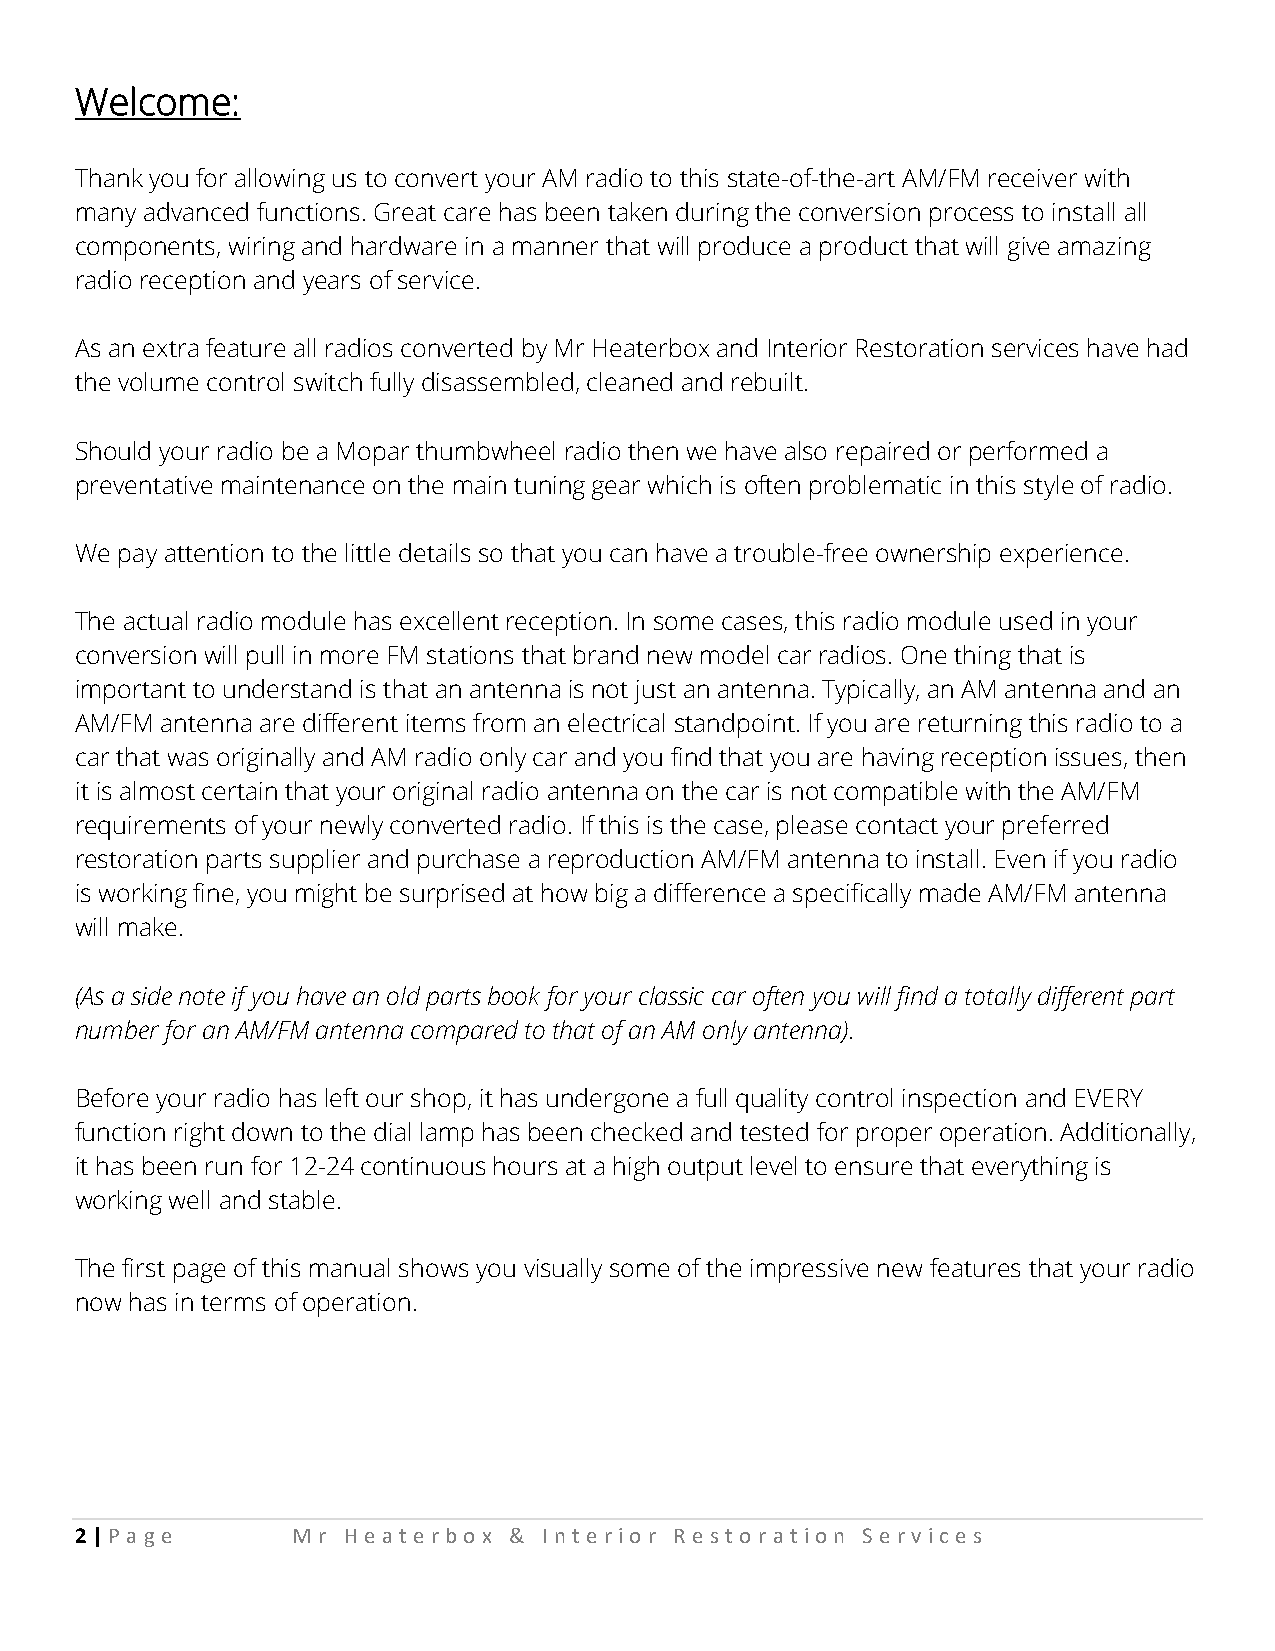
Welcome:
 Thank you for allowing us to convert your AM radio to this state-of-the-art AM/FM receiver with
 many advanced functions. Great care has been taken during the conversion process to install all
 components, wiring and hardware in a manner that will produce a product that will give amazing
 radio reception and years of service.
 As an extra feature all radios converted by Mr Heaterbox and Interior Restoration services have had
 the volume control switch fully disassembled, cleaned and rebuilt.
 Should your radio be a Mopar thumbwheel radio then we have also repaired or performed a
 preventative maintenance on the main tuning gear which is often problematic in this style of radio.
 We pay attention to the little details so that you can have a trouble-free ownership experience.
 The actual radio module has excellent reception. In some cases, this radio module used in your
 conversion will pull in more FM stations that brand new model car radios. One thing that is
 important to understand is that an antenna is not just an antenna. Typically, an AM antenna and an
 AM/FM antenna are different items from an electrical standpoint. If you are returning this radio to a
 car that was originally and AM radio only car and you find that you are having reception issues, then
 it is almost certain that your original radio antenna on the car is not compatible with the AM/FM
 requirements of your newly converted radio. If this is the case, please contact your preferred
 restoration parts supplier and purchase a reproduction AM/FM antenna to install. Even if you radio
 is working fine, you might be surprised at how big a difference a specifically made AM/FM antenna
 will make.
 (As a side note if you have an old parts book for your classic car often you will find a totally different part
 number for an AM/FM antenna compared to that of an AM only antenna).
 Before your radio has left our shop, it has undergone a full quality control inspection and EVERY
 function right down to the dial lamp has been checked and tested for proper operation. Additionally,
 it has been run for 12-24 continuous hours at a high output level to ensure that everything is
 working well and stable.
 The first page of this manual shows you visually some of the impressive new features that your radio
 now has in terms of operation.
 2 | P a ge    Mr  He at e rbo x & Int e rio r Re st o rat io n Se rv ic e s